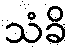
သံခိ